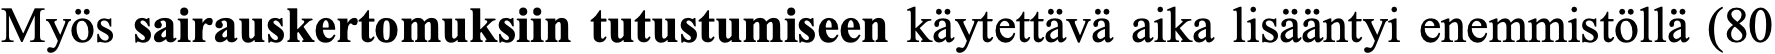
Myös sairauskertomuksiin tutustumiseen käytettävä aika lisääntyi enemmistöllä (80